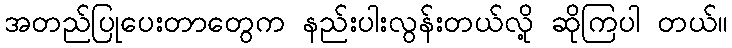
အတည်ပြုပေးတာတွေက နည်းပါးလွန်းတယ်လို့ ဆိုကြပါ တယ်။